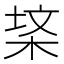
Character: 𭪃